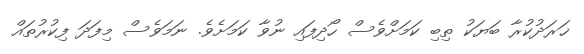
ޚަރަދުކުރާ ބަޔަކު ތިބި ކަމަށްވެސް ހޯދިފައި ނުވާ ކަމަށެވެ. ނަމަވެސް މިފަދަ ފިކުރުތައް